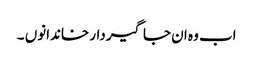
اب وہ ان جاگیردار خاندانوں ۔